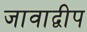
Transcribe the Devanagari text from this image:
जावाद्वीप